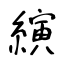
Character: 縯